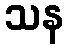
သန